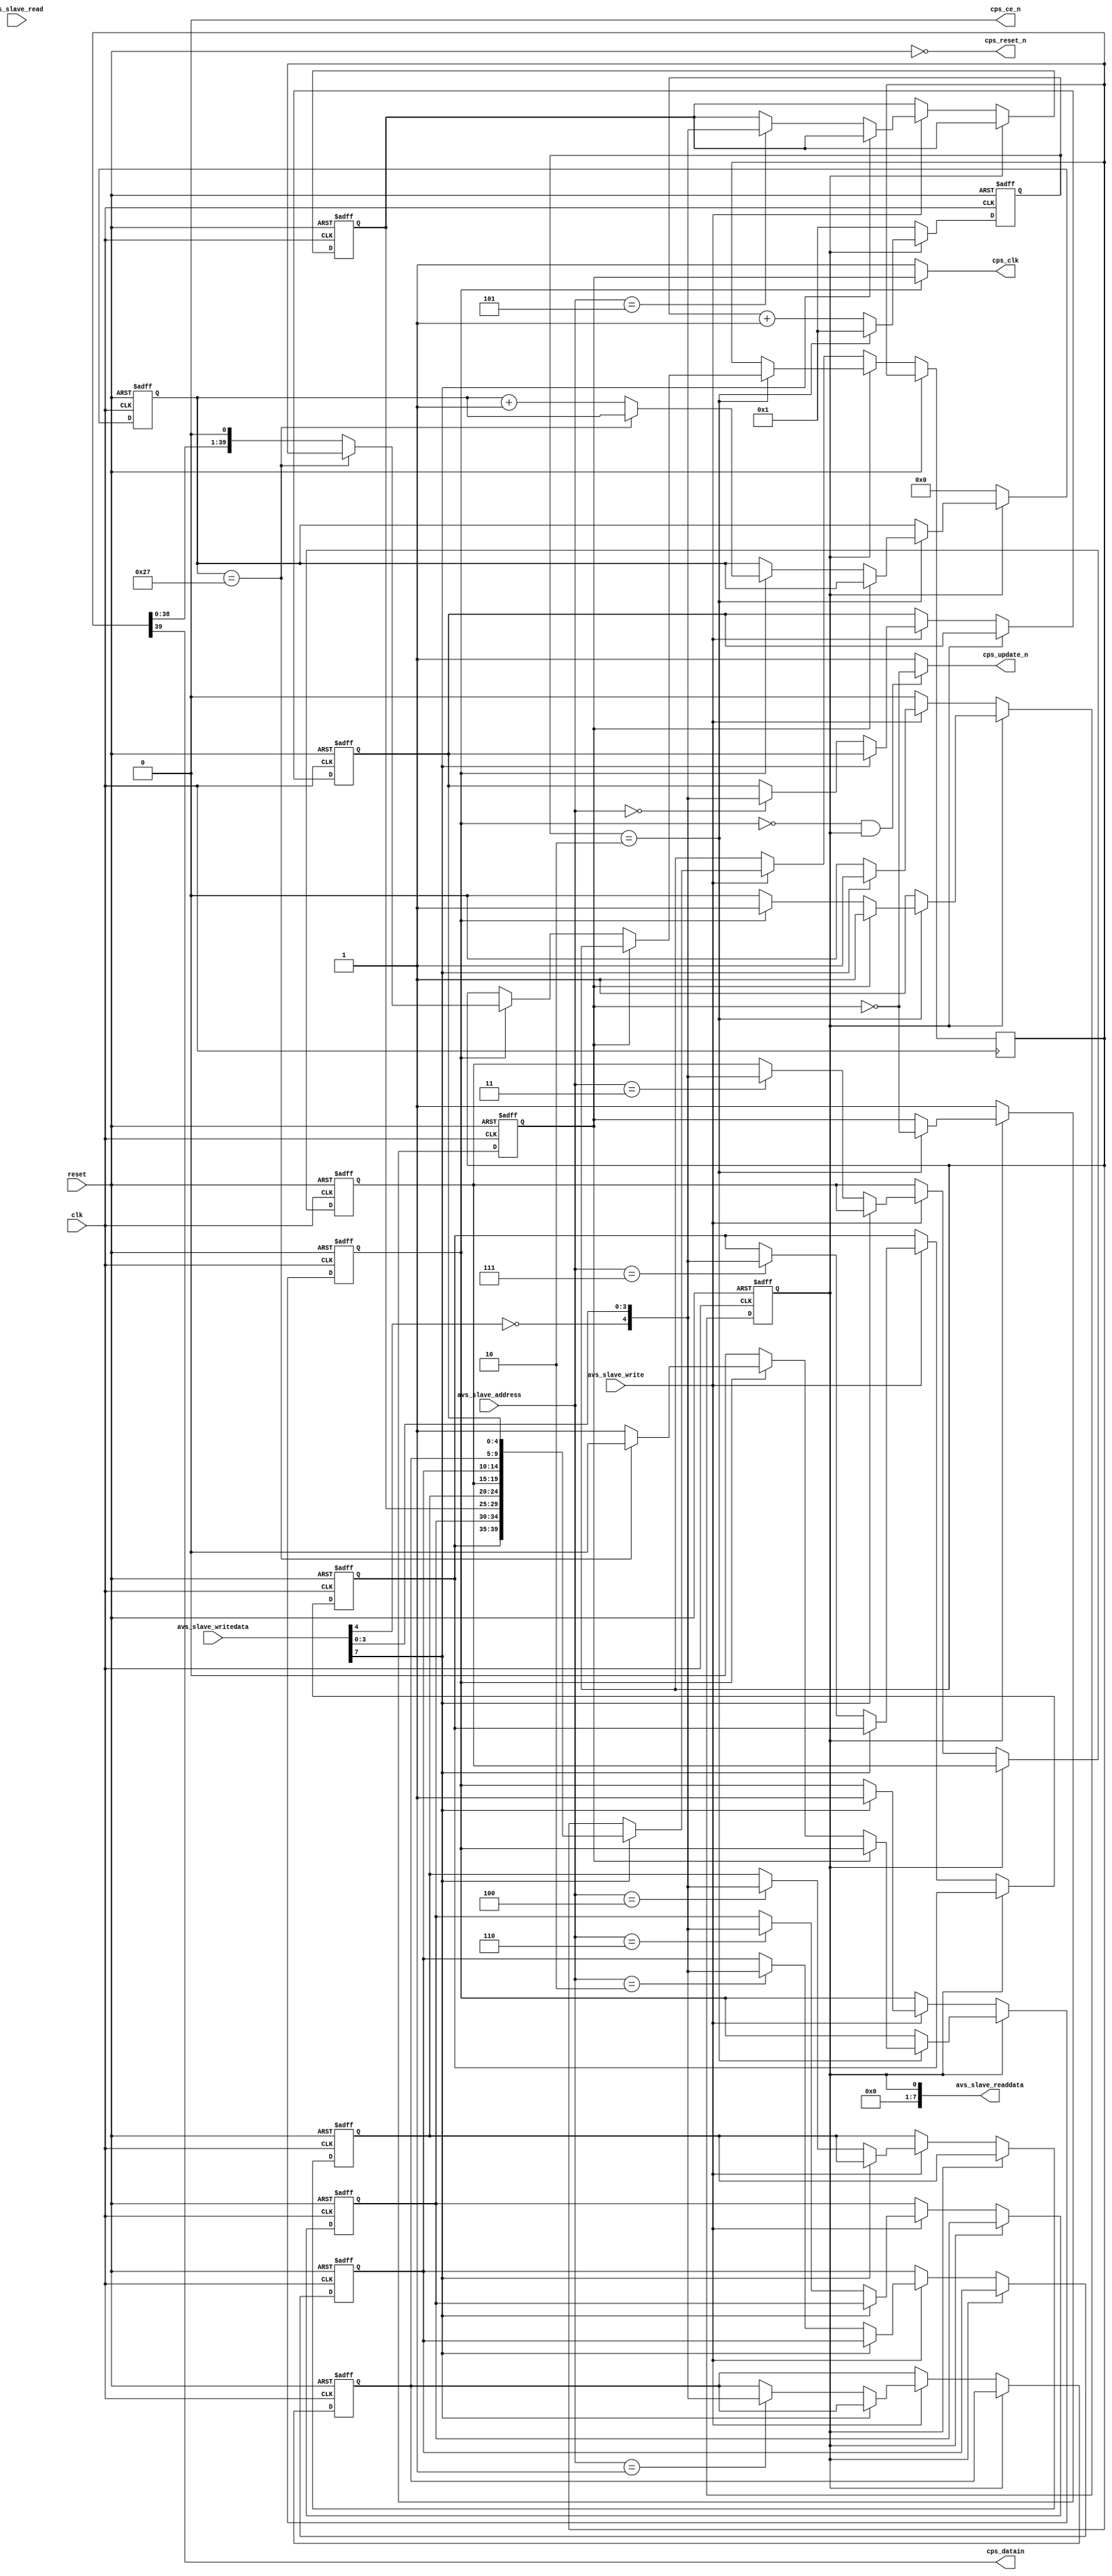
module adv3224_1 (
	input clk,
	input reset,
	input            avs_slave_write,
	input            avs_slave_read,
	input       [7:0]avs_slave_writedata,
	output      [7:0]avs_slave_readdata,
	input       [2:0]avs_slave_address,
	output           cps_reset_n,
	output           cps_ce_n,
	output           cps_update_n,
	output           cps_clk,
	output           cps_datain
);
	parameter        divider = 5;
	reg         [8:0]clk_counter;
	reg              div_clk;
	reg              clk_en;
	reg        [39:0]shift_buffer;
	reg              shift_busy;
	reg         [5:0]shift_counter;
	reg         [4:0]outputs[0:7];
	assign cps_reset_n        = !reset;
	assign cps_ce_n           = 0;
	assign avs_slave_readdata = shift_busy;
	assign cps_clk            = clk_en ? div_clk : 1;
	assign cps_update_n       = (!clk_en && shift_busy) ? !div_clk : 1;
	assign cps_datain         = shift_buffer[39];
	always @(posedge clk or posedge reset)
	begin
		if(reset)
		begin
			clk_counter   <= 1;
			div_clk       <= 1;
			clk_en        <= 0;
			shift_busy    <= 0;
			shift_counter <= 0;
			outputs[0]    <= 5'b00000;
			outputs[1]    <= 5'b00000;
			outputs[2]    <= 5'b00000;
			outputs[3]    <= 5'b00000;
			outputs[4]    <= 5'b00000;
			outputs[5]    <= 5'b00000;
			outputs[6]    <= 5'b00000;
			outputs[7]    <= 5'b00000;
		end
		else
		begin	
			if(shift_busy)
			begin
				if(clk_counter == (divider/2))
				begin
					clk_counter <= 1;
					div_clk     <= !div_clk;
					if(!div_clk)
					begin
						if(!clk_en)
						begin
							shift_busy <= 0;
						end
						else
						begin
							if(shift_counter == 39)
							begin
								clk_en        <= 0;
							end
							else
							begin
								shift_counter <= shift_counter + 1;
								shift_buffer  <= shift_buffer << 1;
							end
						end
					end
				end
				else
				begin
					clk_counter = clk_counter + 1;
				end
			end
			else
			begin
				clk_counter   <= 1;
				shift_counter <= 0;
				div_clk       <= 1;
				if(avs_slave_write)
				begin
					if(avs_slave_writedata[7])
					begin
						shift_buffer <= {outputs[7], outputs[6], outputs[5], outputs[4], outputs[3], outputs[2], outputs[1], outputs[0]};
						shift_busy   <= 1;
						clk_en       <= 1;
					end
					else
					begin
						outputs[avs_slave_address] <= {!avs_slave_writedata[4], avs_slave_writedata[3:0]};
					end
				end
			end
		end
	end
endmodule